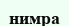
нимра